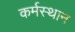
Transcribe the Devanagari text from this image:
कर्मस्थान